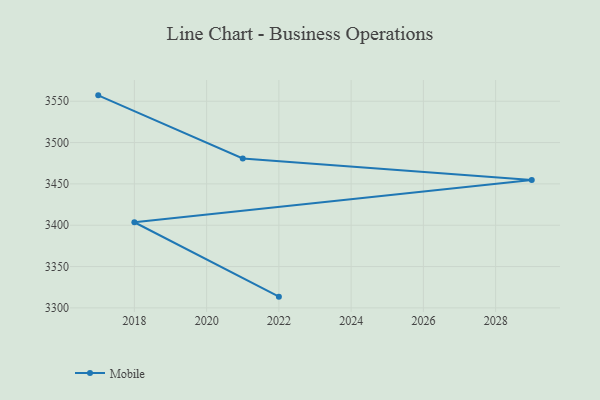
{"axis": {"x": "Year", "y": "Energy Usage (MWh)"}, "legend": ["Mobile"], "data": [{"x": "2017", "y": 3557.1, "type": "Mobile"}, {"x": "2021", "y": 3480.8, "type": "Mobile"}, {"x": "2029", "y": 3454.7, "type": "Mobile"}, {"x": "2018", "y": 3403.6, "type": "Mobile"}, {"x": "2022", "y": 3313.6, "type": "Mobile"}]}